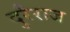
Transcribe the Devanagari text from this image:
दुरैराज